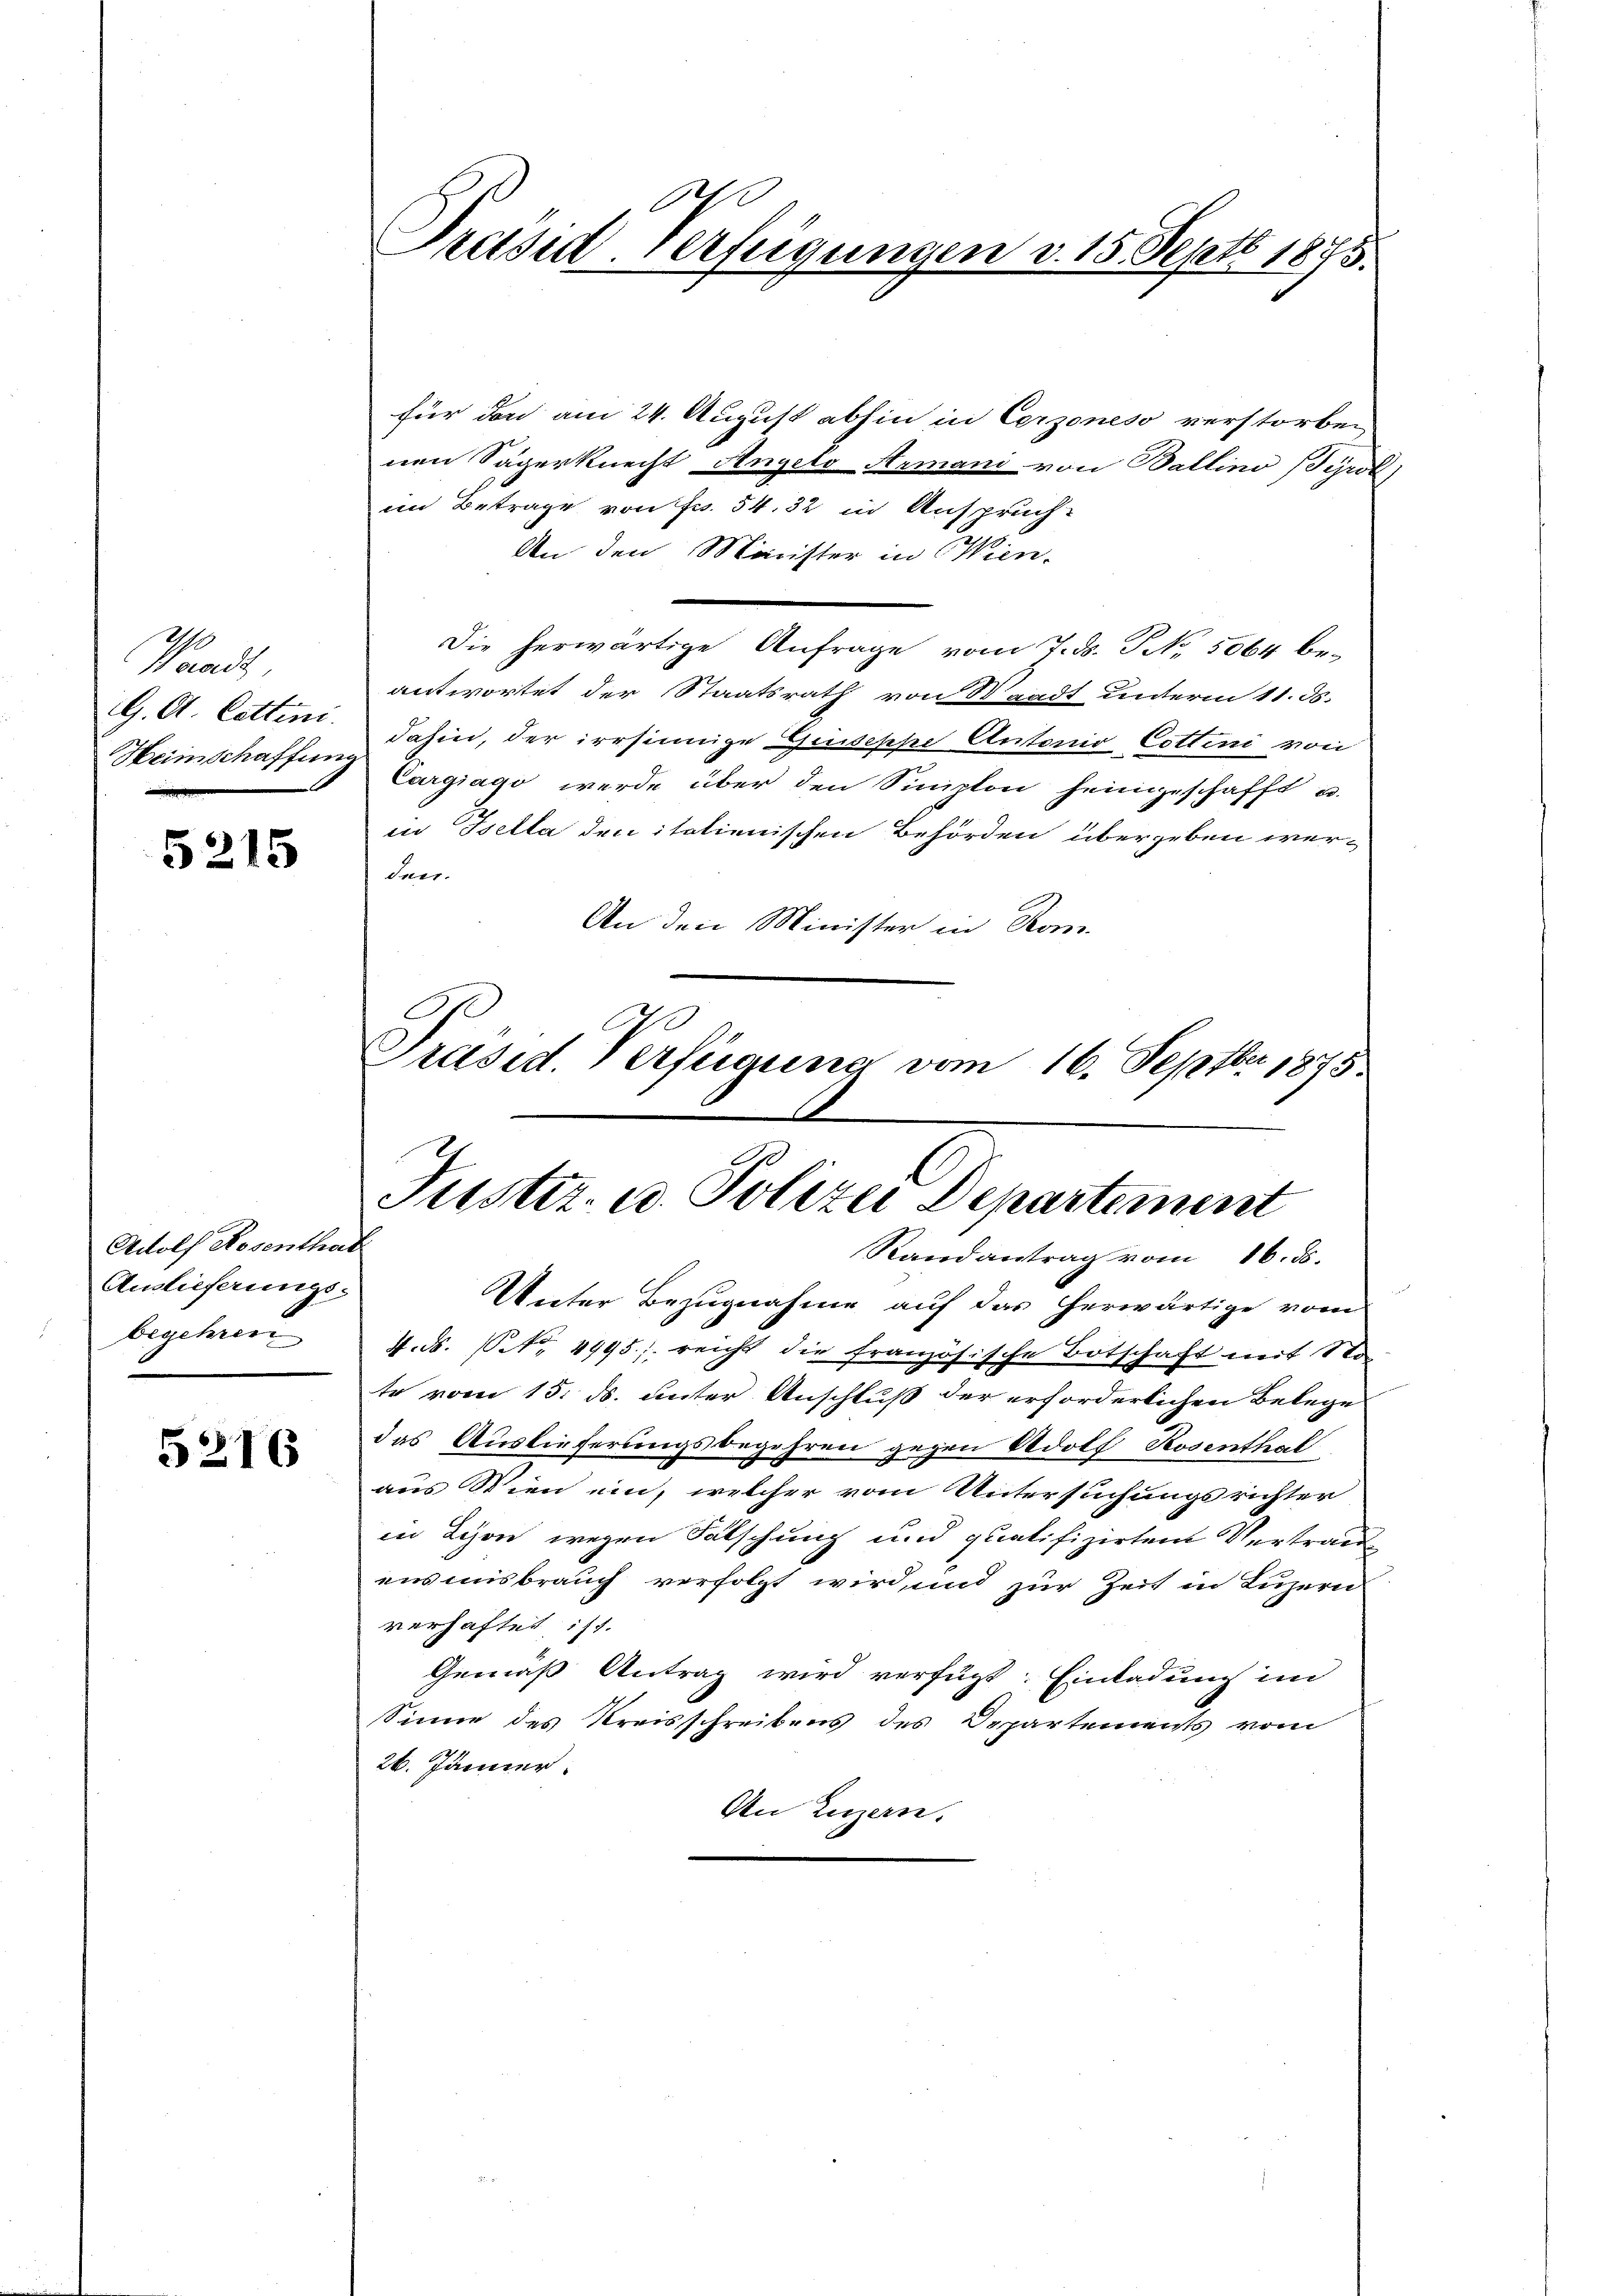
Waadt
G. A. Cetten.
Heinschaffung

5215

Adolf Rosenthal
Auslieferungs-
begehren

5216

Präsid. Verfügungen v. 15. Septb. 1885

für den am 24. August abhin in Cerzoneso verstorben
nen Sägerknecht Angelo Armani von Ballino Tyrol
im Betrage von Fr. 54, 32 in Anspruch-
An den Minister in Wien-
Die herwärtige Anfrage vom 7. d. NNo. 5064 be-
antwortet der Staatsrath von Waadt unterm 11. ds.
dahin, der irrsinnige Guiseppe Antonio Cottini von
Cargiago werde über den Sinition heimgeschafft
in Isella den italienischen Behörden übergeben wer-
deer.
An den Minister in Kon-
C
Präsid. Verfügung vom 16. Septbr 1875.
Justiz- u. Polizei Departement
Randantrag vom 16. ds.
Unter Bezugnahme auf das herwärtige vom
4. ds. (T. 4995; reicht die französische Botschaft mit No
te vom 15. ds. unter Anschluß der erforderlichen Belege
das Auslieferungsbegehren gegen Adolf Rosenthal
aus Wien ein, welcher vom Untersuchungsrichter
in Schon wegen Fälschung und qualifizirten Vertraue
ensmisbrauch verfolgt wird, und zur Zeit in Luzern
verhaftet ist.
Gemäß Antrag wird verfügt: Einladung im
Sinne des Kreisschreibens des Departements vom
26. Jänner
An Luzern.